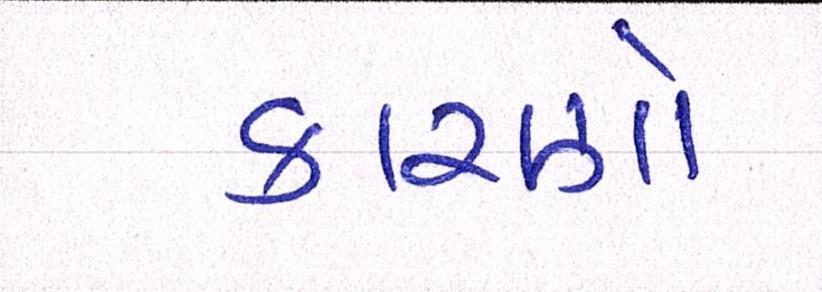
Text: કારણો